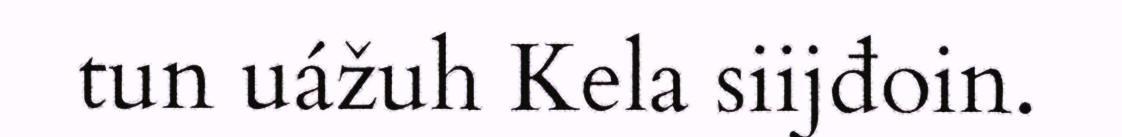
tun uážuh Kela siijđoin.